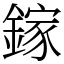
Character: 鎵